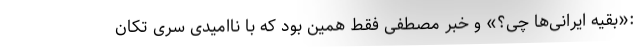
:«بقیه ایرانی‌ها چی؟» و خبر مصطفی فقط همین بود که با ناامیدی سری تکان